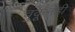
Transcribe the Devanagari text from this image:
चुकूनही